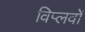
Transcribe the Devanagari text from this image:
विप्लवों